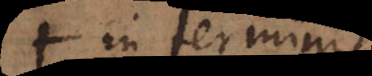
in terminis